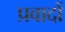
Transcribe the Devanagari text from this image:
प्रवादों